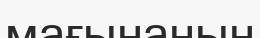
мағынанын